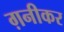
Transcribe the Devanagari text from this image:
ग़नीकर